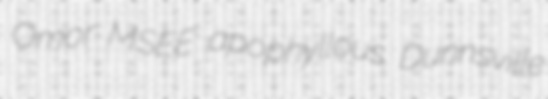
Omor MSEE apophyllous Dunnsville